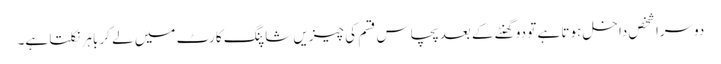
دوسرا شخص داخل ہوتا ہے تو دو گھنٹے کے بعد پچاس قسم کی چیزیں شاپنگ کارٹ میں لے کر باہر نکلتا ہے۔